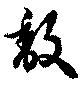
馥